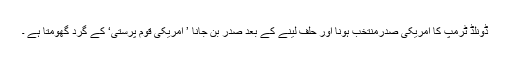
ڈونلڈ ٹرمپ کا امریکی صدرمنتخب ہونا اور حلف لینے کے بعد صدر بن جانا ’ امریکی قوم پرستی‘ کے گرد گھومتا ہے ۔